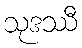
သုဒဿီ